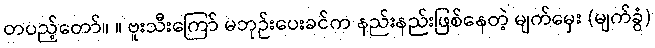
တပည့်တော်။ ။ ဗူးသီးကြော် မဘုဉ်းပေးခင်က နည်းနည်းဖြစ်နေတဲ့ မျက်မှေး (မျက်ခွံ)